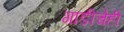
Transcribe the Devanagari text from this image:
गाडीचेही